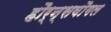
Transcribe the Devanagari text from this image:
हौर्न्सवौगल